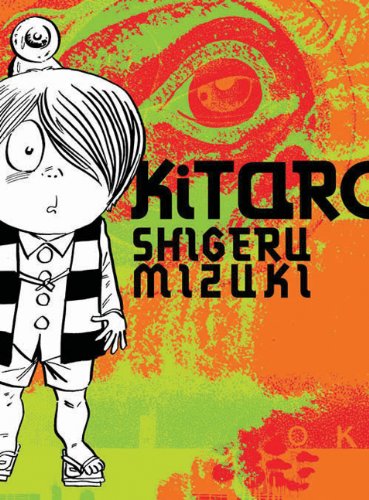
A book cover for Kitaro; Shigeru Mizuki; Comics & Graphic Novels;